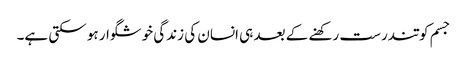
جسم کو تندرست رکھنے کے بعد ہی انسان کی زندگی خوشگوار ہو سکتی ہے۔